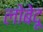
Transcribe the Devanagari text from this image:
लोबेदू